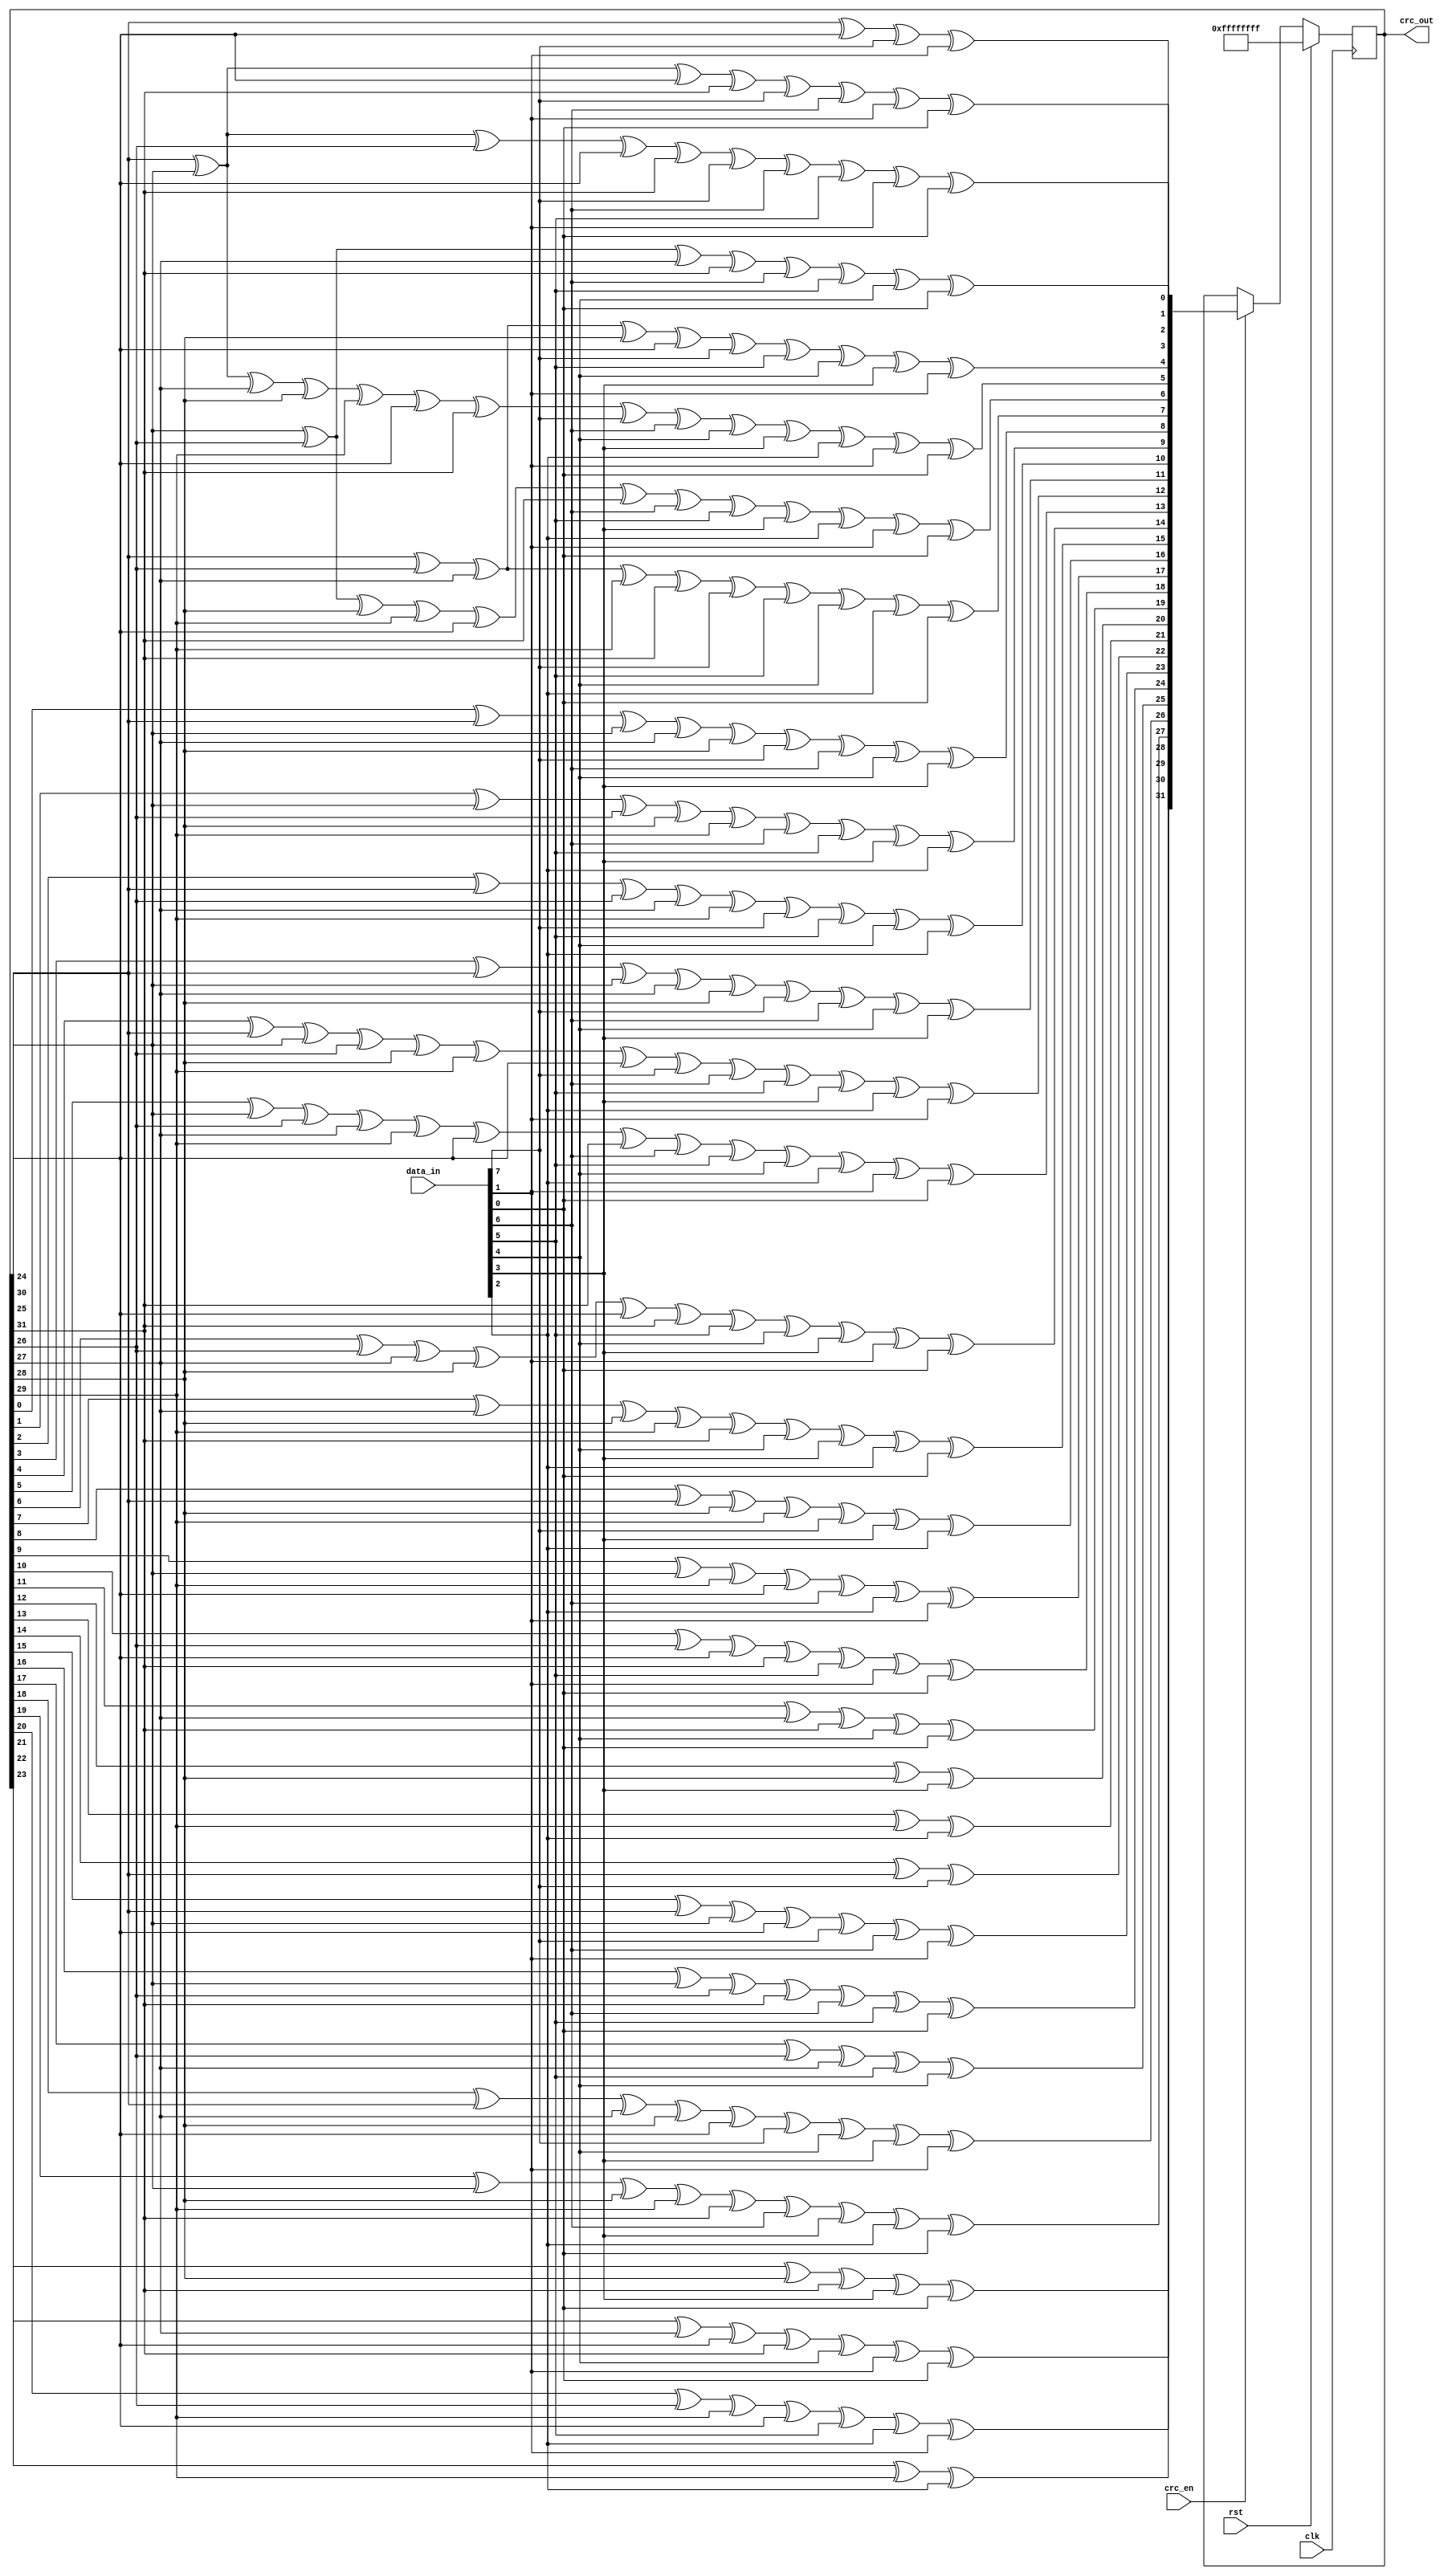
//-----------------------------------------------------------------------
//
// Create Date :
//
// Description : http://outputlogic.com/?page_id=321
//------------------------------------------------------------------------
module mac_crc(
    input [7:0] data_in,
    input crc_en,
    output [31:0] crc_out,
    input rst,
    input clk
);

reg [31:0] lfsr_q = -1;
reg [31:0] lfsr_c;

assign crc_out = lfsr_q;

always @(*) begin
    lfsr_c[0] = lfsr_q[24] ^ lfsr_q[30] ^ data_in[7-0] ^ data_in[7-6];
    lfsr_c[1] = lfsr_q[24] ^ lfsr_q[25] ^ lfsr_q[30] ^ lfsr_q[31] ^ data_in[7-0] ^ data_in[7-1] ^ data_in[7-6] ^ data_in[7-7];
    lfsr_c[2] = lfsr_q[24] ^ lfsr_q[25] ^ lfsr_q[26] ^ lfsr_q[30] ^ lfsr_q[31] ^ data_in[7-0] ^ data_in[7-1] ^ data_in[7-2] ^ data_in[7-6] ^ data_in[7-7];
    lfsr_c[3] = lfsr_q[25] ^ lfsr_q[26] ^ lfsr_q[27] ^ lfsr_q[31] ^ data_in[7-1] ^ data_in[7-2] ^ data_in[7-3] ^ data_in[7-7];
    lfsr_c[4] = lfsr_q[24] ^ lfsr_q[26] ^ lfsr_q[27] ^ lfsr_q[28] ^ lfsr_q[30] ^ data_in[7-0] ^ data_in[7-2] ^ data_in[7-3] ^ data_in[7-4] ^ data_in[7-6];
    lfsr_c[5] = lfsr_q[24] ^ lfsr_q[25] ^ lfsr_q[27] ^ lfsr_q[28] ^ lfsr_q[29] ^ lfsr_q[30] ^ lfsr_q[31] ^ data_in[7-0] ^ data_in[7-1] ^ data_in[7-3] ^ data_in[7-4] ^ data_in[7-5] ^ data_in[7-6] ^ data_in[7-7];
    lfsr_c[6] = lfsr_q[25] ^ lfsr_q[26] ^ lfsr_q[28] ^ lfsr_q[29] ^ lfsr_q[30] ^ lfsr_q[31] ^ data_in[7-1] ^ data_in[7-2] ^ data_in[7-4] ^ data_in[7-5] ^ data_in[7-6] ^ data_in[7-7];
    lfsr_c[7] = lfsr_q[24] ^ lfsr_q[26] ^ lfsr_q[27] ^ lfsr_q[29] ^ lfsr_q[31] ^ data_in[7-0] ^ data_in[7-2] ^ data_in[7-3] ^ data_in[7-5] ^ data_in[7-7];
    lfsr_c[8] = lfsr_q[0] ^ lfsr_q[24] ^ lfsr_q[25] ^ lfsr_q[27] ^ lfsr_q[28] ^ data_in[7-0] ^ data_in[7-1] ^ data_in[7-3] ^ data_in[7-4];
    lfsr_c[9] = lfsr_q[1] ^ lfsr_q[25] ^ lfsr_q[26] ^ lfsr_q[28] ^ lfsr_q[29] ^ data_in[7-1] ^ data_in[7-2] ^ data_in[7-4] ^ data_in[7-5];
    lfsr_c[10] = lfsr_q[2] ^ lfsr_q[24] ^ lfsr_q[26] ^ lfsr_q[27] ^ lfsr_q[29] ^ data_in[7-0] ^ data_in[7-2] ^ data_in[7-3] ^ data_in[7-5];
    lfsr_c[11] = lfsr_q[3] ^ lfsr_q[24] ^ lfsr_q[25] ^ lfsr_q[27] ^ lfsr_q[28] ^ data_in[7-0] ^ data_in[7-1] ^ data_in[7-3] ^ data_in[7-4];
    lfsr_c[12] = lfsr_q[4] ^ lfsr_q[24] ^ lfsr_q[25] ^ lfsr_q[26] ^ lfsr_q[28] ^ lfsr_q[29] ^ lfsr_q[30] ^ data_in[7-0] ^ data_in[7-1] ^ data_in[7-2] ^ data_in[7-4] ^ data_in[7-5] ^ data_in[7-6];
    lfsr_c[13] = lfsr_q[5] ^ lfsr_q[25] ^ lfsr_q[26] ^ lfsr_q[27] ^ lfsr_q[29] ^ lfsr_q[30] ^ lfsr_q[31] ^ data_in[7-1] ^ data_in[7-2] ^ data_in[7-3] ^ data_in[7-5] ^ data_in[7-6] ^ data_in[7-7];
    lfsr_c[14] = lfsr_q[6] ^ lfsr_q[26] ^ lfsr_q[27] ^ lfsr_q[28] ^ lfsr_q[30] ^ lfsr_q[31] ^ data_in[7-2] ^ data_in[7-3] ^ data_in[7-4] ^ data_in[7-6] ^ data_in[7-7];
    lfsr_c[15] = lfsr_q[7] ^ lfsr_q[27] ^ lfsr_q[28] ^ lfsr_q[29] ^ lfsr_q[31] ^ data_in[7-3] ^ data_in[7-4] ^ data_in[7-5] ^ data_in[7-7];
    lfsr_c[16] = lfsr_q[8] ^ lfsr_q[24] ^ lfsr_q[28] ^ lfsr_q[29] ^ data_in[7-0] ^ data_in[7-4] ^ data_in[7-5];
    lfsr_c[17] = lfsr_q[9] ^ lfsr_q[25] ^ lfsr_q[29] ^ lfsr_q[30] ^ data_in[7-1] ^ data_in[7-5] ^ data_in[7-6];
    lfsr_c[18] = lfsr_q[10] ^ lfsr_q[26] ^ lfsr_q[30] ^ lfsr_q[31] ^ data_in[7-2] ^ data_in[7-6] ^ data_in[7-7];
    lfsr_c[19] = lfsr_q[11] ^ lfsr_q[27] ^ lfsr_q[31] ^ data_in[7-3] ^ data_in[7-7];
    lfsr_c[20] = lfsr_q[12] ^ lfsr_q[28] ^ data_in[7-4];
    lfsr_c[21] = lfsr_q[13] ^ lfsr_q[29] ^ data_in[7-5];
    lfsr_c[22] = lfsr_q[14] ^ lfsr_q[24] ^ data_in[7-0];
    lfsr_c[23] = lfsr_q[15] ^ lfsr_q[24] ^ lfsr_q[25] ^ lfsr_q[30] ^ data_in[7-0] ^ data_in[7-1] ^ data_in[7-6];
    lfsr_c[24] = lfsr_q[16] ^ lfsr_q[25] ^ lfsr_q[26] ^ lfsr_q[31] ^ data_in[7-1] ^ data_in[7-2] ^ data_in[7-7];
    lfsr_c[25] = lfsr_q[17] ^ lfsr_q[26] ^ lfsr_q[27] ^ data_in[7-2] ^ data_in[7-3];
    lfsr_c[26] = lfsr_q[18] ^ lfsr_q[24] ^ lfsr_q[27] ^ lfsr_q[28] ^ lfsr_q[30] ^ data_in[7-0] ^ data_in[7-3] ^ data_in[7-4] ^ data_in[7-6];
    lfsr_c[27] = lfsr_q[19] ^ lfsr_q[25] ^ lfsr_q[28] ^ lfsr_q[29] ^ lfsr_q[31] ^ data_in[7-1] ^ data_in[7-4] ^ data_in[7-5] ^ data_in[7-7];
    lfsr_c[28] = lfsr_q[20] ^ lfsr_q[26] ^ lfsr_q[29] ^ lfsr_q[30] ^ data_in[7-2] ^ data_in[7-5] ^ data_in[7-6];
    lfsr_c[29] = lfsr_q[21] ^ lfsr_q[27] ^ lfsr_q[30] ^ lfsr_q[31] ^ data_in[7-3] ^ data_in[7-6] ^ data_in[7-7];
    lfsr_c[30] = lfsr_q[22] ^ lfsr_q[28] ^ lfsr_q[31] ^ data_in[7-4] ^ data_in[7-7];
    lfsr_c[31] = lfsr_q[23] ^ lfsr_q[29] ^ data_in[7-5];

end

always @(posedge clk) begin
    if(rst) begin
        lfsr_q <= {32{1'b1}};
    end
    else begin
        lfsr_q <= crc_en ? lfsr_c : lfsr_q;
    end
end

endmodule